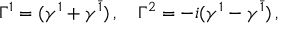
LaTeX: \Gamma ^ { 1 } = ( \gamma ^ { 1 } + \gamma ^ { \bar { 1 } } ) \, , \quad \Gamma ^ { 2 } = - i ( \gamma ^ { 1 } - \gamma ^ { \bar { 1 } } ) \, ,